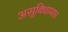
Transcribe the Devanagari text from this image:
असुविधाप्राप्त